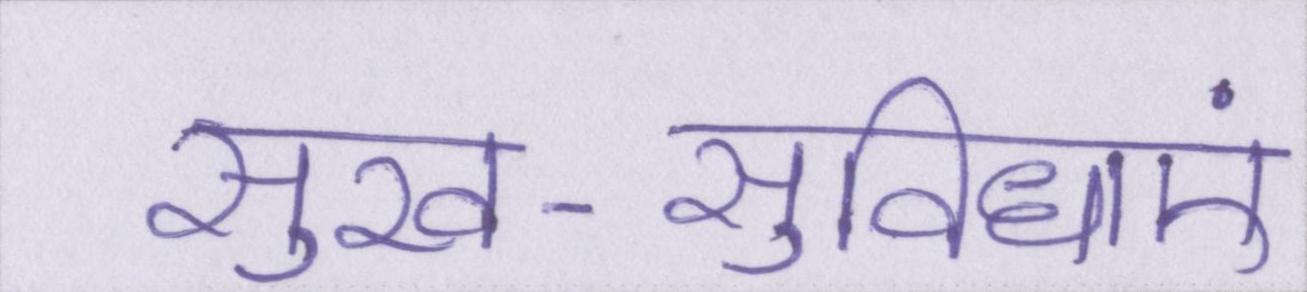
सुख-सुविधाएं